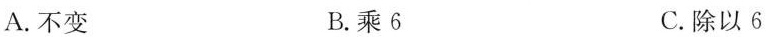
A.不变 B.乘6 C.除以6